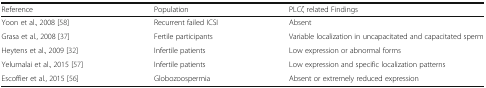
| Reference | Population | PLCζ related Findings |
 | --- | --- | --- |
 | Yoon et al., 2008 [58] | Recurrent failed ICSI | Absent |
 | Grasa et al., 2008 [37] | Fertile participants | Variable localization in uncapacitated and capacitated sperm |
 | Heytens et al., 2009 [32] | Infertile patients | Low expression or abnormal forms |
 | Yelumalai et al., 2015 [57] | Infertile patients | Low expression and specific localization patterns |
 | Escoffier et al., 2015 [56] | Globozoospermia | Absent or extremely reduced expression |